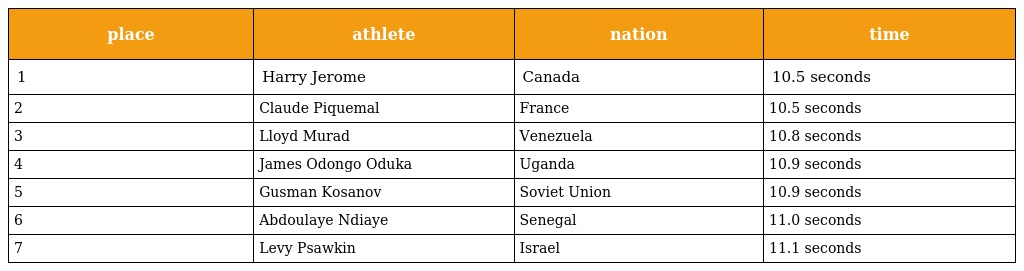
| place | athlete | nation | time |
 | --- | --- | --- | --- |
 | 1 | Harry Jerome | Canada | 10.5 seconds |
 | 2 | Claude Piquemal | France | 10.5 seconds |
 | 3 | Lloyd Murad | Venezuela | 10.8 seconds |
 | 4 | James Odongo Oduka | Uganda | 10.9 seconds |
 | 5 | Gusman Kosanov | Soviet Union | 10.9 seconds |
 | 6 | Abdoulaye Ndiaye | Senegal | 11.0 seconds |
 | 7 | Levy Psawkin | Israel | 11.1 seconds |